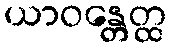
ယာဝန္တေတ္ထ